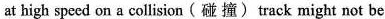
at high speed on a collision (碰 撞)track might not be